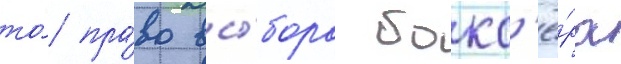
то́ пра́во вы́бора бокс'ё́ра